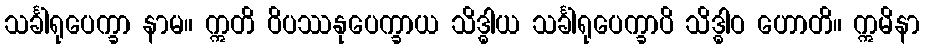
သင်္ခါရုပေက္ခာ နာမ။ ဣတိ ဝိပဿနုပေက္ခာယ သိဒ္ဓါယ သင်္ခါရုပေက္ခာပိ သိဒ္ဓါဝ ဟောတိ။ ဣမိနာ